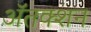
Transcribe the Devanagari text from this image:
ॲतक्शन